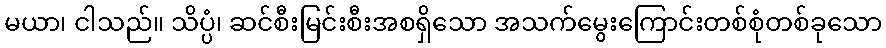
မယာ၊ ငါသည်။ သိပ္ပံ၊ ဆင်စီးမြင်းစီးအစရှိသော အသက်မွေးကြောင်းတစ်စုံတစ်ခုသော